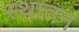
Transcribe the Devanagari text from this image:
स्थातन